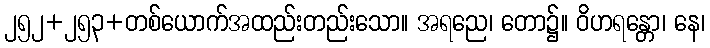
၂၅၂+၂၅၃+တစ်ယောက်အထည်းတည်းသော။ အရညေ၊ တော၌။ ဝိဟရန္တော၊ နေ၊